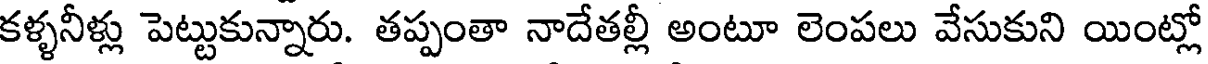
కళ్ళనీళ్లు పెట్టుకున్నారు. తప్పంతా నాదేతల్లీ అంటూ లెంపలు వేసుకుని యింట్లో